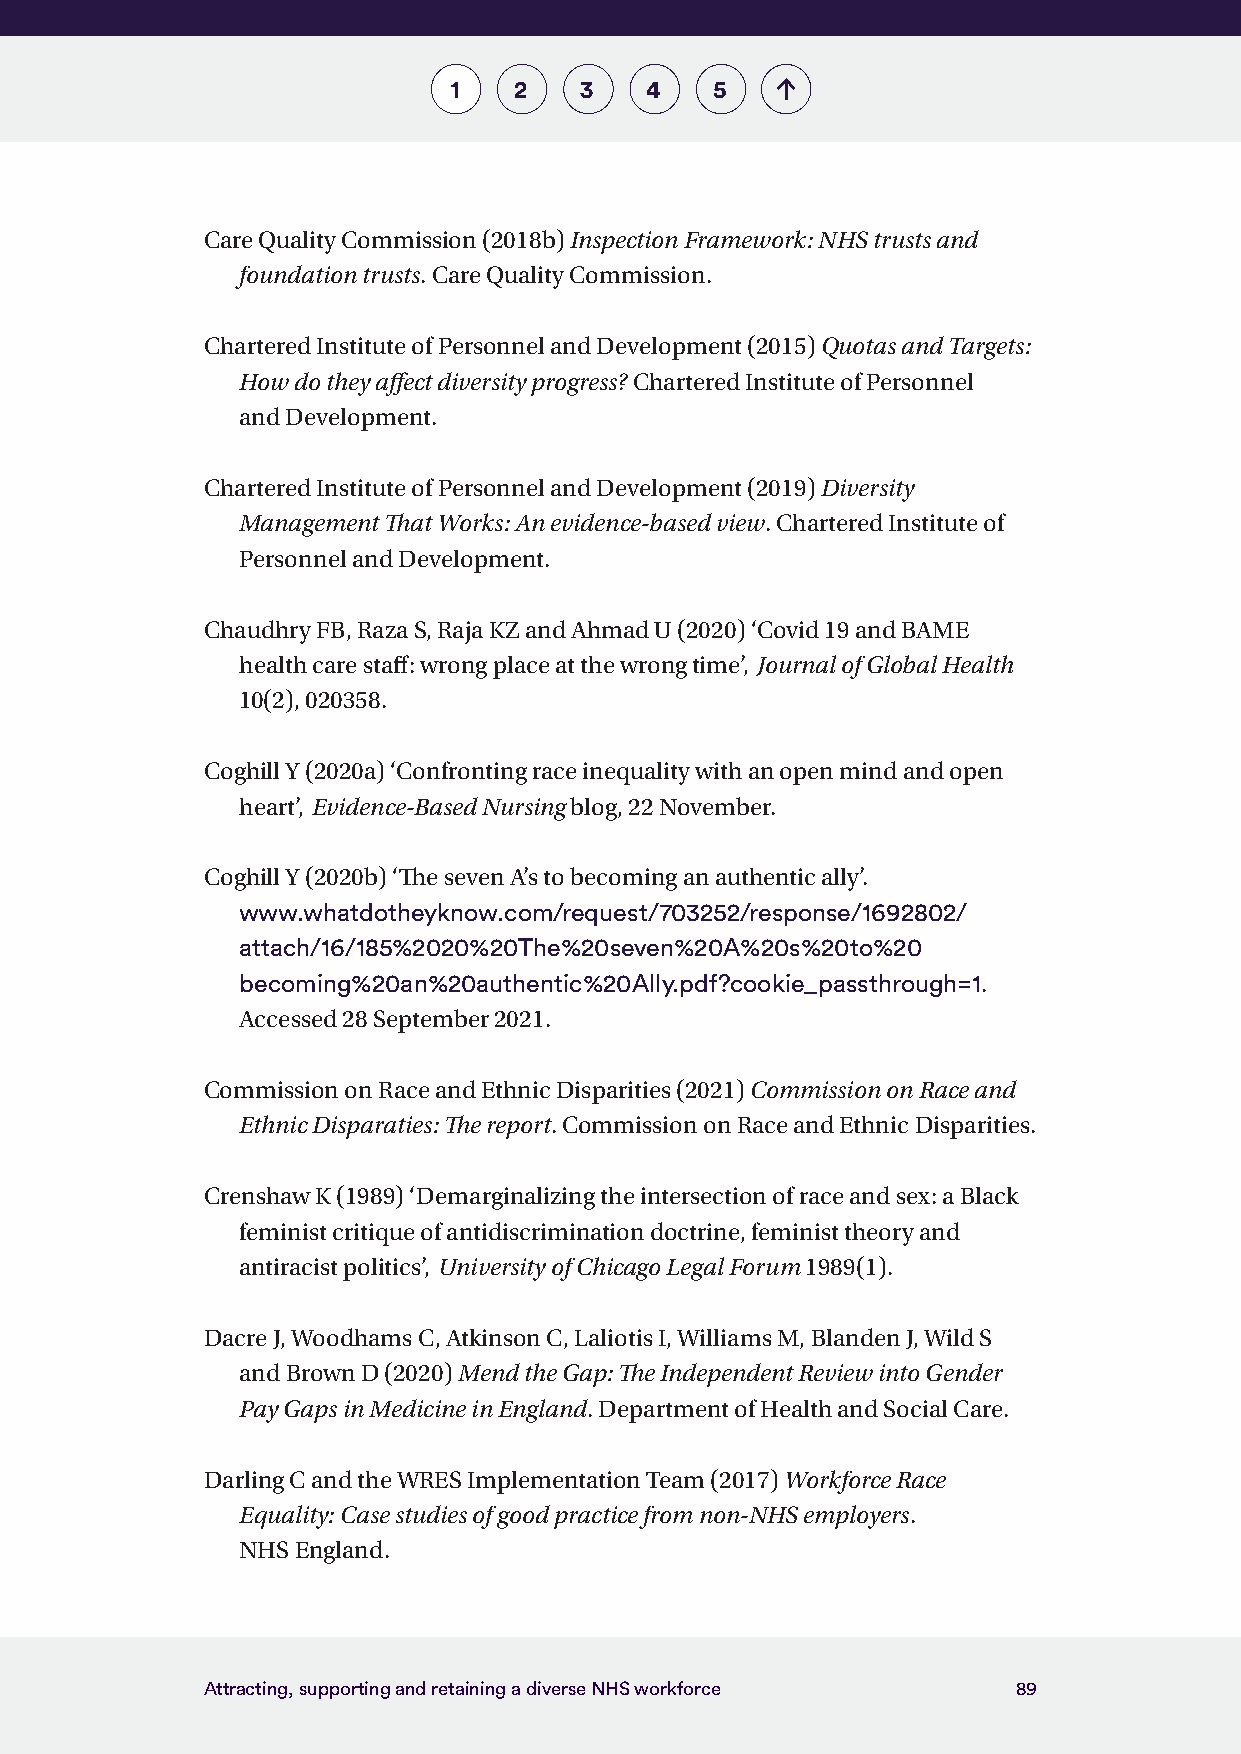
1   2   3    4   5
 Care Quality Commission (2018b) Inspection Framework: NHS trusts and
 foundation trusts. Care Quality Commission.
 Chartered Institute of Personnel and Development (2015) Quotas and Targets:
 How do they affect diversity progress? Chartered Institute of Personnel
 and Development.
 Chartered Institute of Personnel and Development (2019) Diversity
 Management That Works: An evidence-based view. Chartered Institute of
 Personnel and Development.
 Chaudhry FB, Raza S, Raja KZ and Ahmad U (2020) ‘Covid 19 and BAME
 health care staff: wrong place at the wrong time’, Journal of Global Health
 10(2), 020358.
 Coghill Y (2020a) ‘Confronting race inequality with an open mind and open
 heart’, Evidence-Based Nursing blog, 22 November.
 Coghill Y (2020b) ‘The seven A’s to becoming an authentic ally’.
 www.whatdotheyknow.com/request/703252/response/1692802/
 attach/16/185%2020%20The%20seven%20A%20s%20to%20
 becoming%20an%20authentic%20Ally.pdf?cookie_passthrough=1.
 Accessed 28 September 2021.
 Commission on Race and Ethnic Disparities (2021) Commission on Race and
 Ethnic Disparaties: The report. Commission on Race and Ethnic Disparities.
 Crenshaw K (1989) ‘Demarginalizing the intersection of race and sex: a Black
 feminist critique of antidiscrimination doctrine, feminist theory and
 antiracist politics’, University of Chicago Legal Forum 1989(1).
 Dacre J, Woodhams C, Atkinson C, Laliotis I, Williams M, Blanden J, Wild S
 and Brown D (2020) Mend the Gap: The Independent Review into Gender
 Pay Gaps in Medicine in England. Department of Health and Social Care.
 Darling C and the WRES Implementation Team (2017) Workforce Race
 Equality: Case studies of good practice from non-NHS employers.
 NHS England.
 Attracting, supporting and retaining a diverse NHS workforce 89